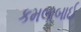
કમલાબાઈ